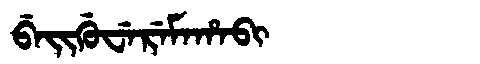
Manchu: ᠪᡝᡳᡤᡠᠸᡝᡵᡝᠮᠠᡥᠠᠪᡳ
Romanization: BEIGUWEREMAHABI